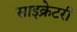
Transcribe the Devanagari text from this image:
साइक्रेटरी